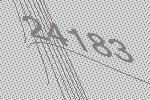
24183